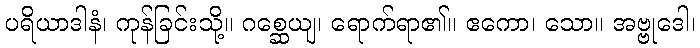
ပရိယာဒါနံ၊ ကုန်ခြင်းသို့။ ဂစ္ဆေယျ၊ ရောက်ရာ၏။ ဧကော၊ သော။ အဗ္ဗုဒေါ၊